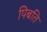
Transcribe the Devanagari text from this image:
पिबति